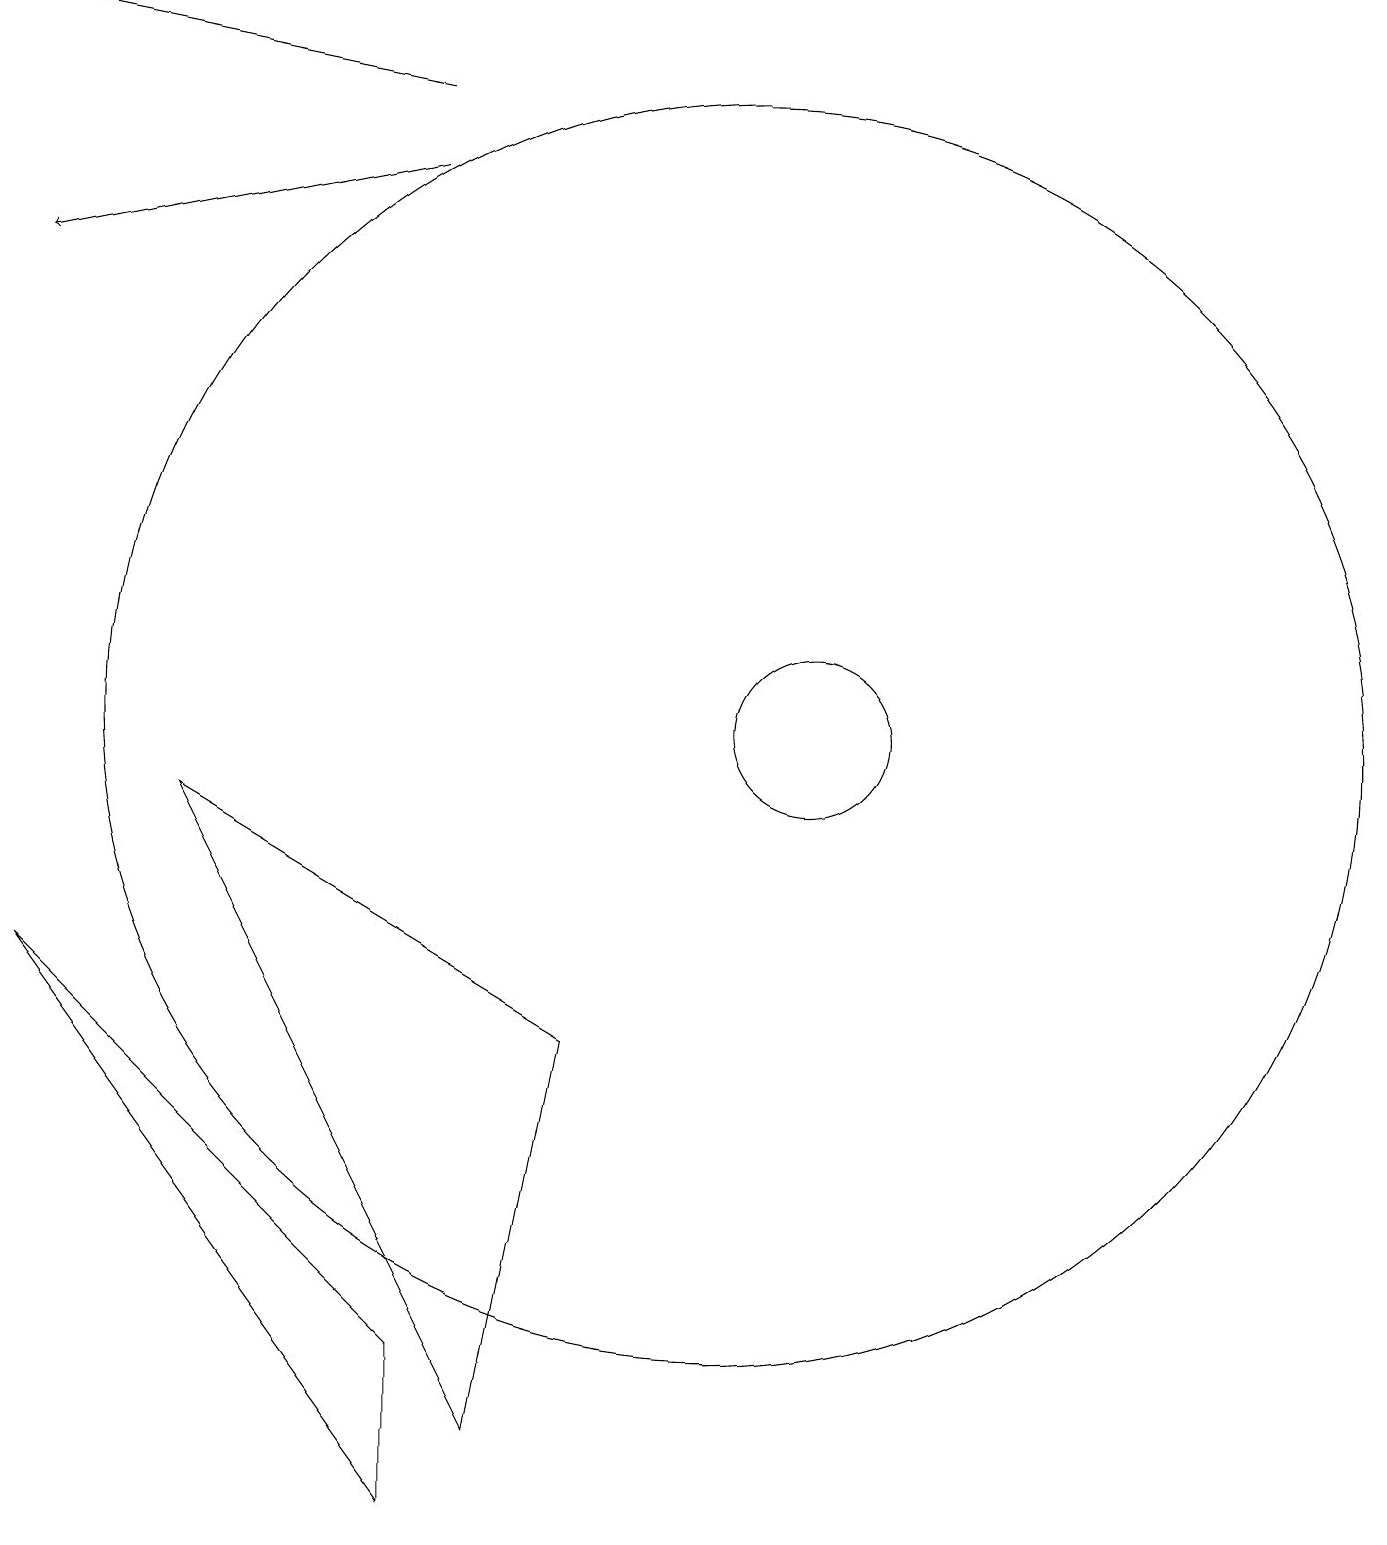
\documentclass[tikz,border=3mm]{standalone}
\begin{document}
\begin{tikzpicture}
\draw (11,10) circle (1);
\draw (1,7) -- (6,0) -- (6,2) -- cycle;
\draw (8,6) -- (3,9) -- (7,1) -- cycle;
\draw[->] (6,18) -- (1,19);
\draw[->] (6,17) -- (1,16);
\draw (10,10) circle (8);
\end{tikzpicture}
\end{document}